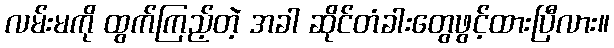
လမ်းမကို ထွက်ကြည့်တဲ့ အခါ ဆိုင်တံခါးတွေဖွင့်ထားပြီလား။